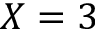
X = 3